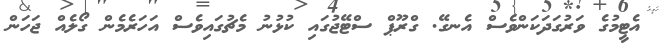
އެޓީމުގެ ވަރުގަދަކަންވެސް އެނގޭ. ގްރޫޕް ސްޓޭޖުގައި ކުޅުނު މެޗުގައިވެސް އަހަރެމެން ގޯލެއް ޖަހަން